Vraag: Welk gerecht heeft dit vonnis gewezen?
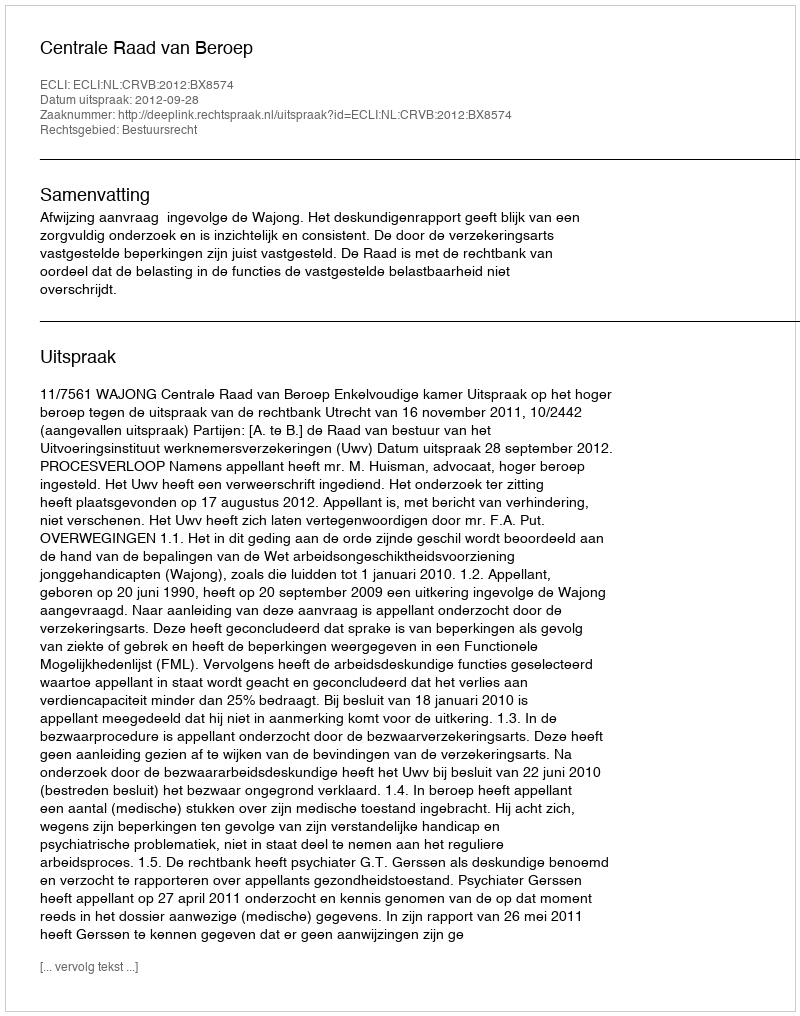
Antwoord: Centrale Raad van Beroep